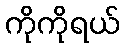
ကိုကိုရယ်